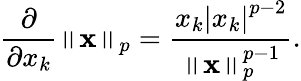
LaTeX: {\frac{\partial}{\partial x_{k}}}\left\| \mathbf{x}\right\| _{p}={\frac{x_{k}\left|x_{k}\right|^{p-2}}{\left\| \mathbf{x}\right\| _{p}^{p-1}}}.